Vaccination in Burma 1920-1933 - 1920-1933
Year: 1920
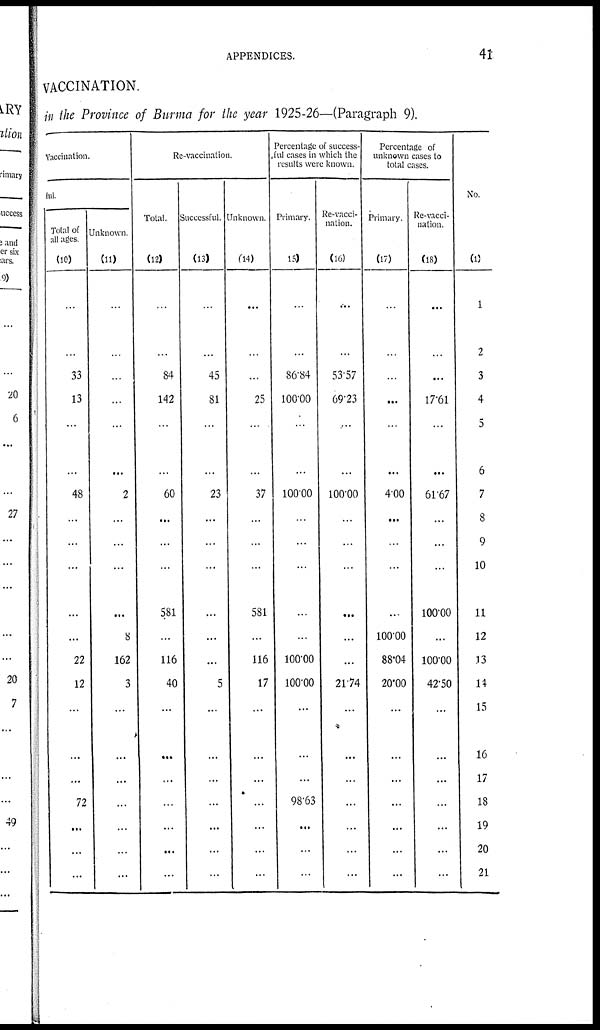
APPENDICES.
41
VACCINATION.
in the Province of Burma for the year 1925-26—(Paragraph 9).
Vaccination.
ful.
Total of
all ages.
(10)
...
...
33
13
...
...
48
...
...
...
...
...
22
12
...
...
...
72
...
...
...
Unknown.
(11)
...
...
...
...
...
...
2
...
...
...
...
8
162
3
...
...
...
...
...
...
...
Re-vaccination.
Total.
(12)
...
...
84
142
...
...
60
...
...
...
581
...
116
40
...
...
...
...
...
...
...
Successful.
(13)
...
...
45
81
...
...
23
...
...
...
...
...
...
5
...
...
...
...
...
...
...
Unknown.
(14)
...
...
...
25
...
...
37
...
...
...
581
...
116
17
...
...
...
...
...
...
...
Percentage of success-
ful cases in which the
results were known.
Primary.
(15)
...
...
86.84
100.00
...
...
100.00
...
...
...
...
...
100.00
100.00
...
...
...
98.63
...
...
...
Re-vacci-
nation.
(16)
...
...
53.57
69.23
...
...
100.00
...
...
...
...
...
...
21.74
...
...
...
...
...
...
...
Percentage of
unknown cases to
total cases.
Primary.
(17)
...
...
...
...
...
...
...
4.00
...
...
...
100.00
88.04
20.00
...
...
...
...
...
...
...
Re-vacci-
nation.
(18)
...
...
...
17.61
...
...
61.67
...
...
...
100.0
...
100.00
42.50
...
...
...
...
...
...
...
No.
(1)
1
2
3
4
5
6
7
8
9
10
11
12
13
14
15
16
17
18
19
20
21